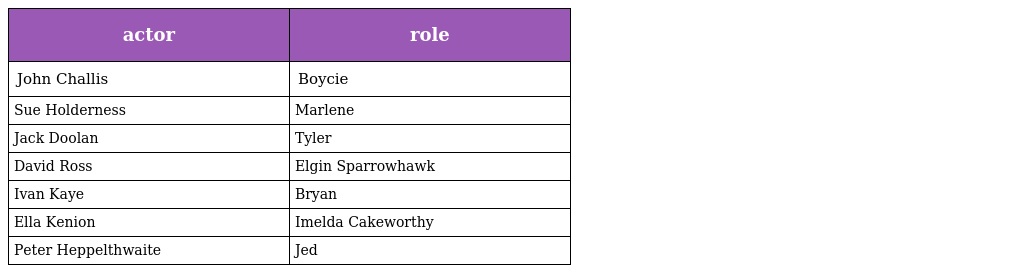
| actor | role |
 | --- | --- |
 | John Challis | Boycie |
 | Sue Holderness | Marlene |
 | Jack Doolan | Tyler |
 | David Ross | Elgin Sparrowhawk |
 | Ivan Kaye | Bryan |
 | Ella Kenion | Imelda Cakeworthy |
 | Peter Heppelthwaite | Jed |